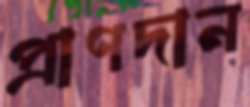
প্রাণদান